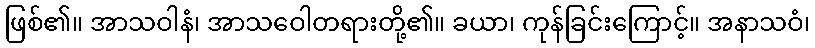
ဖြစ်၏။ အာသဝါနံ၊ အာသဝေါတရားတို့၏။ ခယာ၊ ကုန်ခြင်းကြောင့်။ အနာသဝံ၊